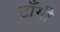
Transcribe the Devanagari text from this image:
टाँगी